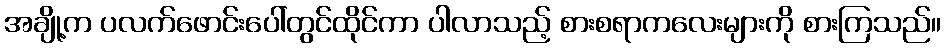
အချို့က ပလက်ဖောင်းပေါ်တွင်ထိုင်ကာ ပါလာသည့် စားစရာကလေးများကို စားကြသည်။